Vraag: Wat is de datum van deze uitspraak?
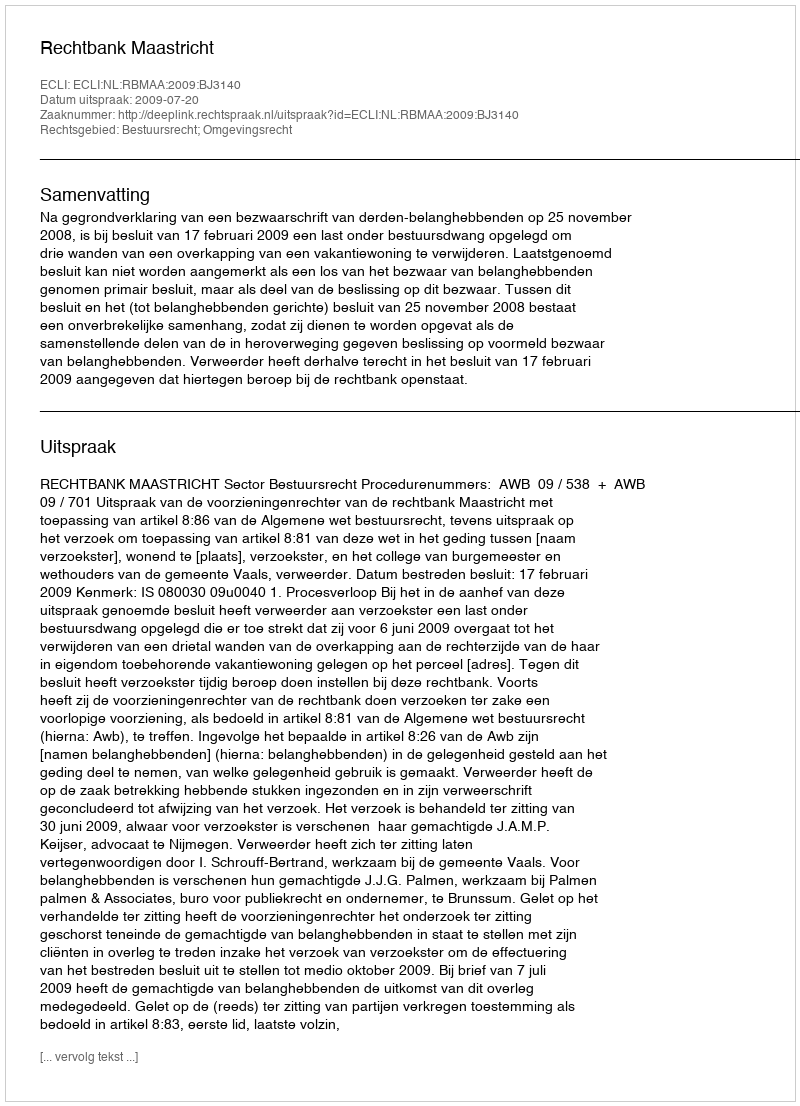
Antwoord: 2009-07-20